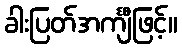
ခါးပြတ်အင်္ကျီဖြင့်။